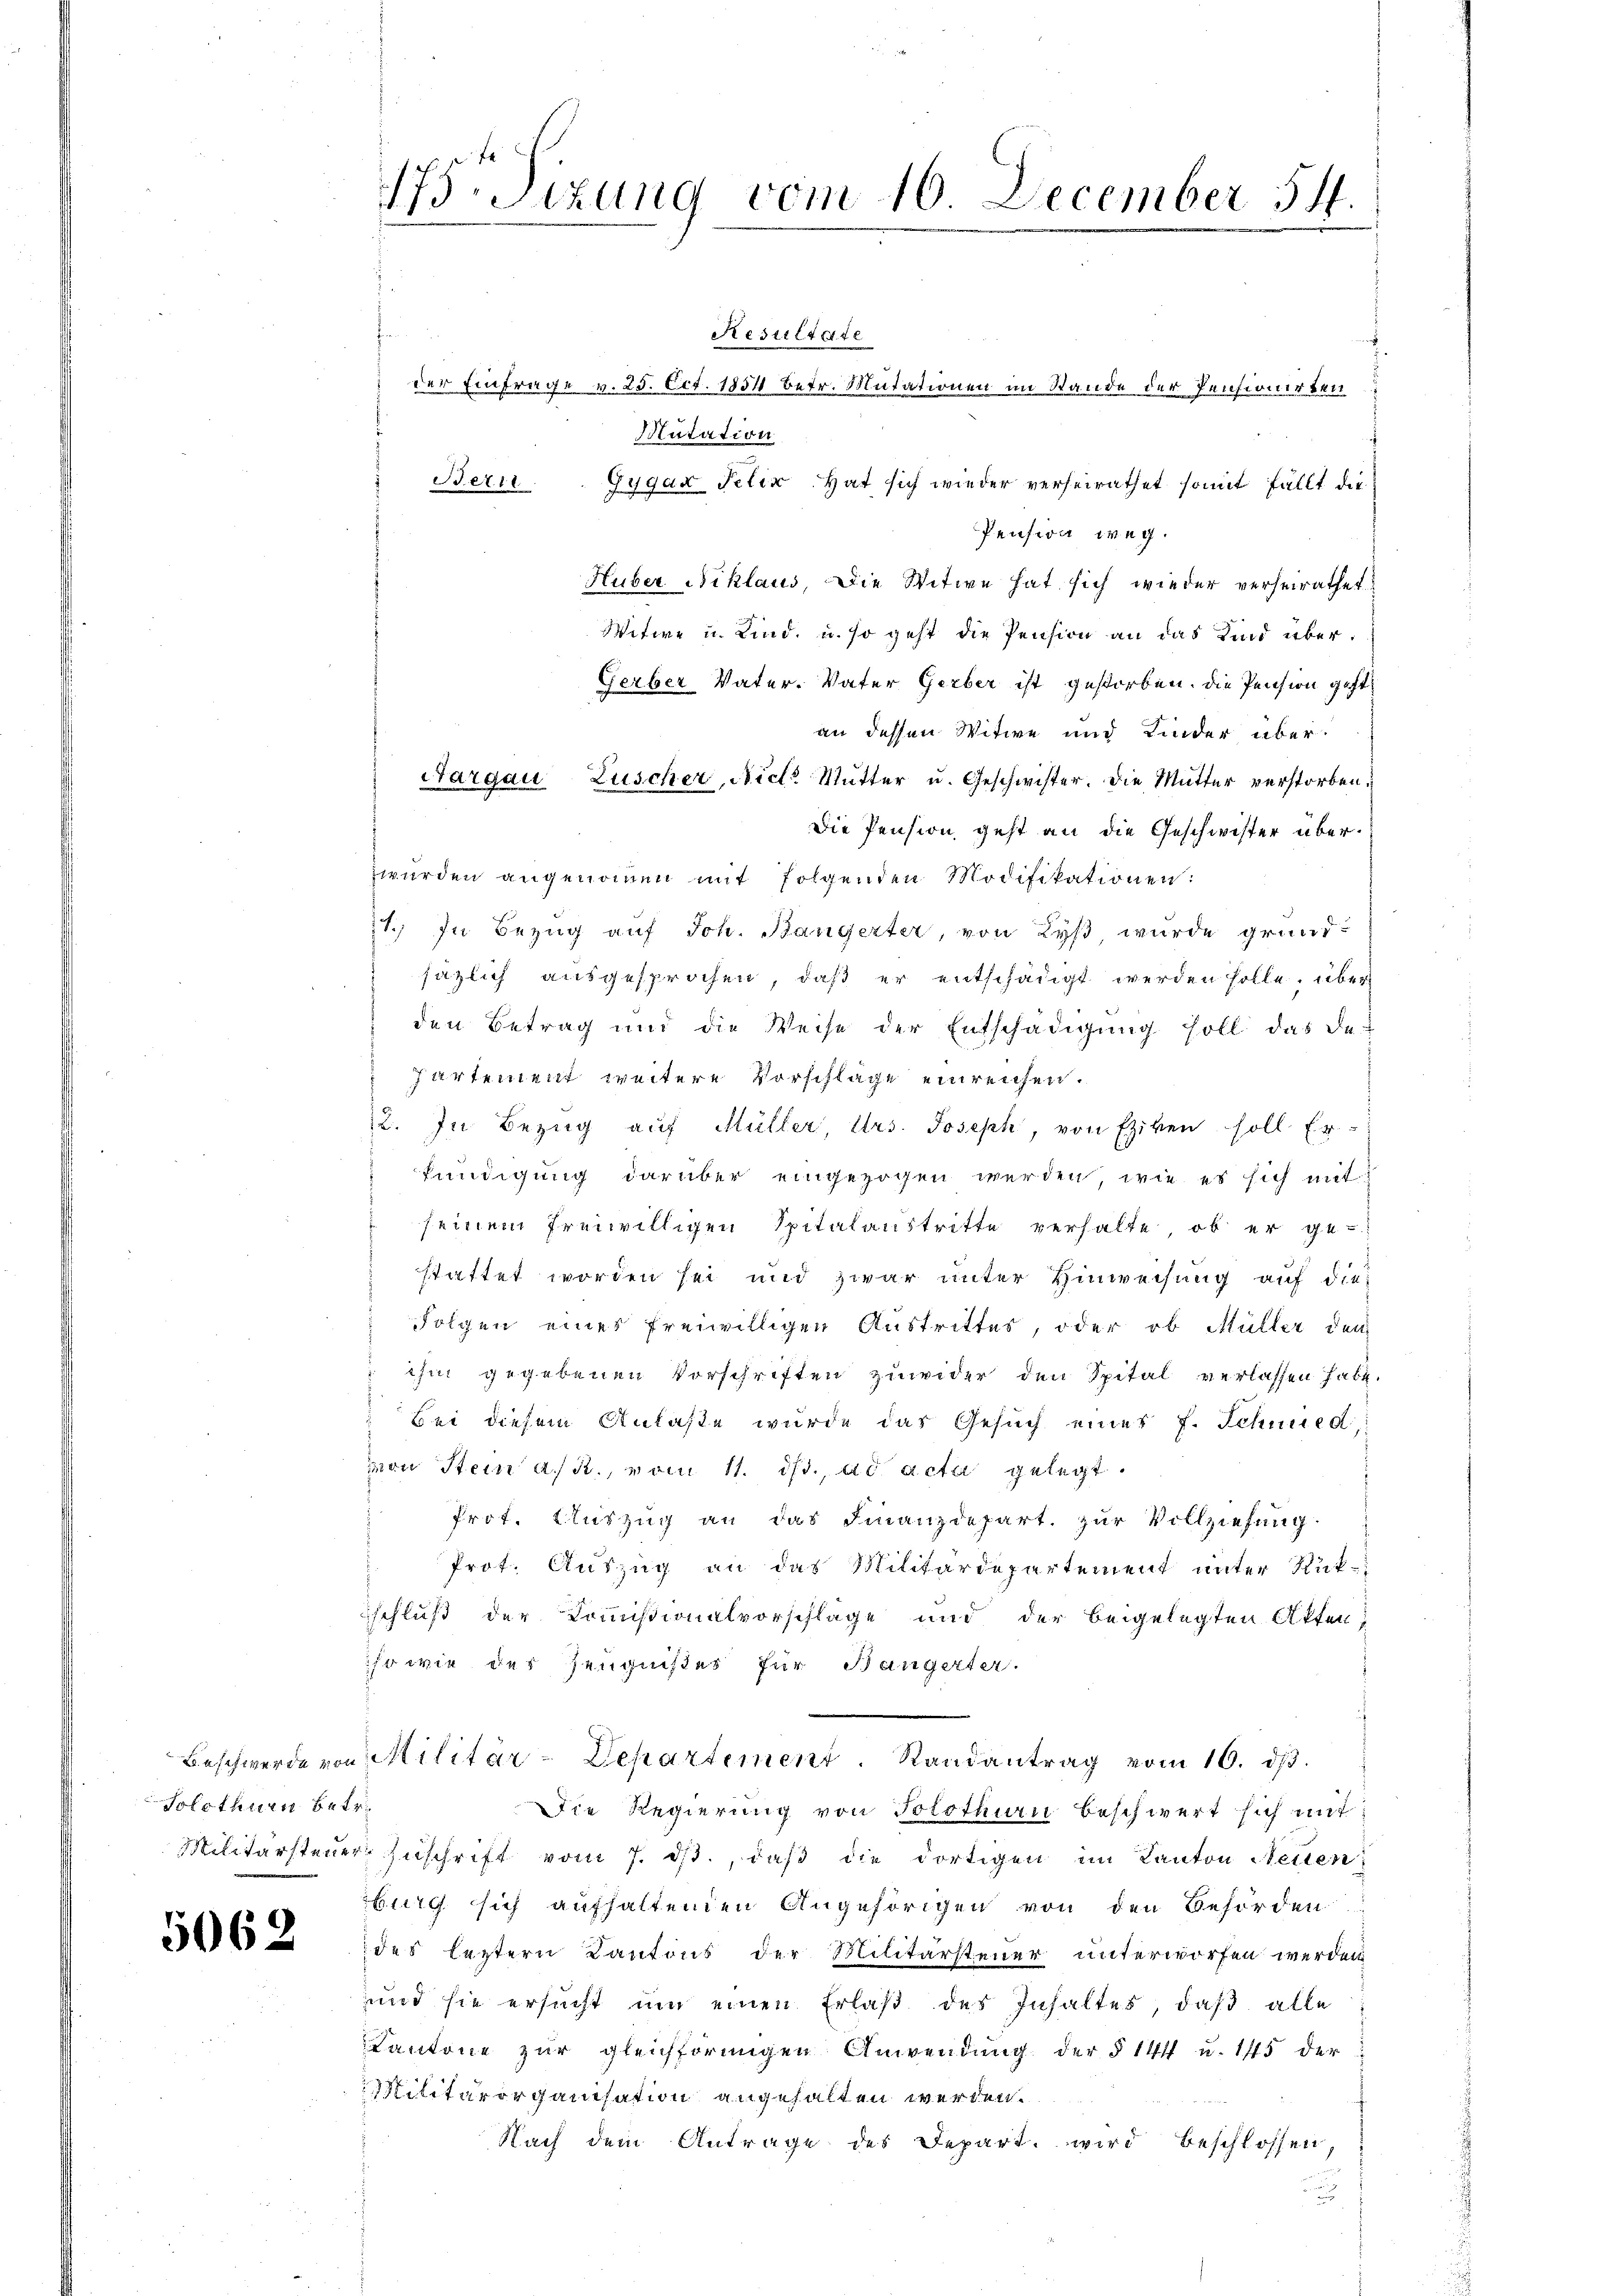
Solothurn betr.

5062

Stzung vom 10. December 54.

Resultate
der Einfrage v. 25. Oct. 1854 betr. Mutationen im Stande der Pensionirten
Dutation
Gygar Felix Hat sich wieder verheirathet somit fällt die
Pensiva weg.
Huber Niklaus, Die Witwe hat sich wieder verheirathet
Witwe u. Kind, u. so geht die Pension an das Kind über¬
Gerber Vater. Vater Gerber ist gestorben. Die Pension geht,
an dessen Witwe und Kinder über¬
Aargau, Zuscher, Nicl. Mutter u. Geschwister. Die Mutter verstorben.
Die Pension geht an die Geschwister überzwurden angenommen mit folgenden Modifikationen:
1.) In Bezug auf Joh. Bangerter, von Lyß, wurde grandsäzlich ausgesprochen, daß er entschädigt werden solle, über
den Betrag und die Weise der Entschädigung soll das de
Partement weitere Vorschläge einreichen.
2. In Bezŭg aŭf Müller, Urs. Joseph, von Eziken soll Er
kündigung darüber eingezogen werden, wie es sich mit
seinem freiwilligen Spitalanstritte verhalte, ob er ge-
stattet worden sei und zwar unter Hinweisung auf die¬
Folgen eines freiwilligen Austrittes, oder ob Müller den
 ihn gegebenen Vorschriften zuwider den Spital verlassen habe.
.
Bei diesem Anlaße wurde das Gesuch einer f. Schmied,
mon Stein A. R., vom 11. ist. ad acta gelegt.
Prot. Aŭszŭg an das Finanzdepart. zŭr Vollziehŭng.
Prot. Auszug an das Militärdepartement unter Rükschluß der Kommißionalvorschläge und der beigelegten Akten,
so wie des Zeugnißes für Bangerter.
Beschwerde von Militär-Departement. Randantrag vom 10. dβ.
Die Regierung von Solothurn beschwert sich mit
Militärsteŭer Zŭschrift vom 7. dβ, daβ die dortigen im Kanton Neuen
burg sich aufhaltenden Angehörigen von den Behörden
des leztern Kantons der Militärsteuer unterworfen werden
und sie ersŭcht ŭm einen Erlaβ des Inhaltes, daβ alle
Kantone zur gleichförmigen Anwendung der § 141 u. 145 der
Militärorganisation angehalten werden.
Nach dem Antrage des Depart wird beschlossen,

Beri